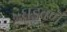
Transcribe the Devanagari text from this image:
घडवणं